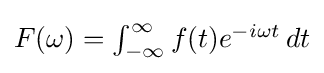
{\textstyle F(\omega )=\int _{-\infty }^{\infty }f(t)e^{-i\omega t}\,dt}